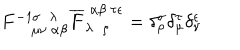
F _ { ~ \mu \nu ~ \alpha \beta } ^ { - 1 \sigma ~ ~ \lambda } \overline { { F } } _ { \lambda ~ ~ \rho } ^ { ~ \alpha \beta ~ \tau \epsilon } = \delta _ { \rho } ^ { \sigma } \delta _ { \mu } ^ { \tau } \delta _ { \nu } ^ { \epsilon }